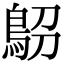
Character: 𩿋